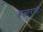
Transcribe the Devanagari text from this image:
हजारची